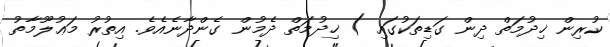
ކުރިން ޚިދުމަތް ދިން ގަޑިތަކުގައި ) ޚިދުމަތް ދެމުން ގެންދާނެއެވެ. އިތުރު މަޢުލޫމާތު